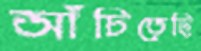
আঁচিতেছি